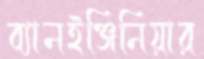
ব্যানইঞ্জিনিয়ার